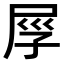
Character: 𡱟